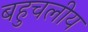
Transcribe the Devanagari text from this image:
बहुचलीय